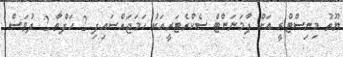
ޔޫތު މިނިސްޓްރީ އަށް ޕާމަނަންޓް ސެކްރެޓަރީއަކު ހަމަޖައްސައިފި 2 ހަފްތާ 2 ދުވަސް